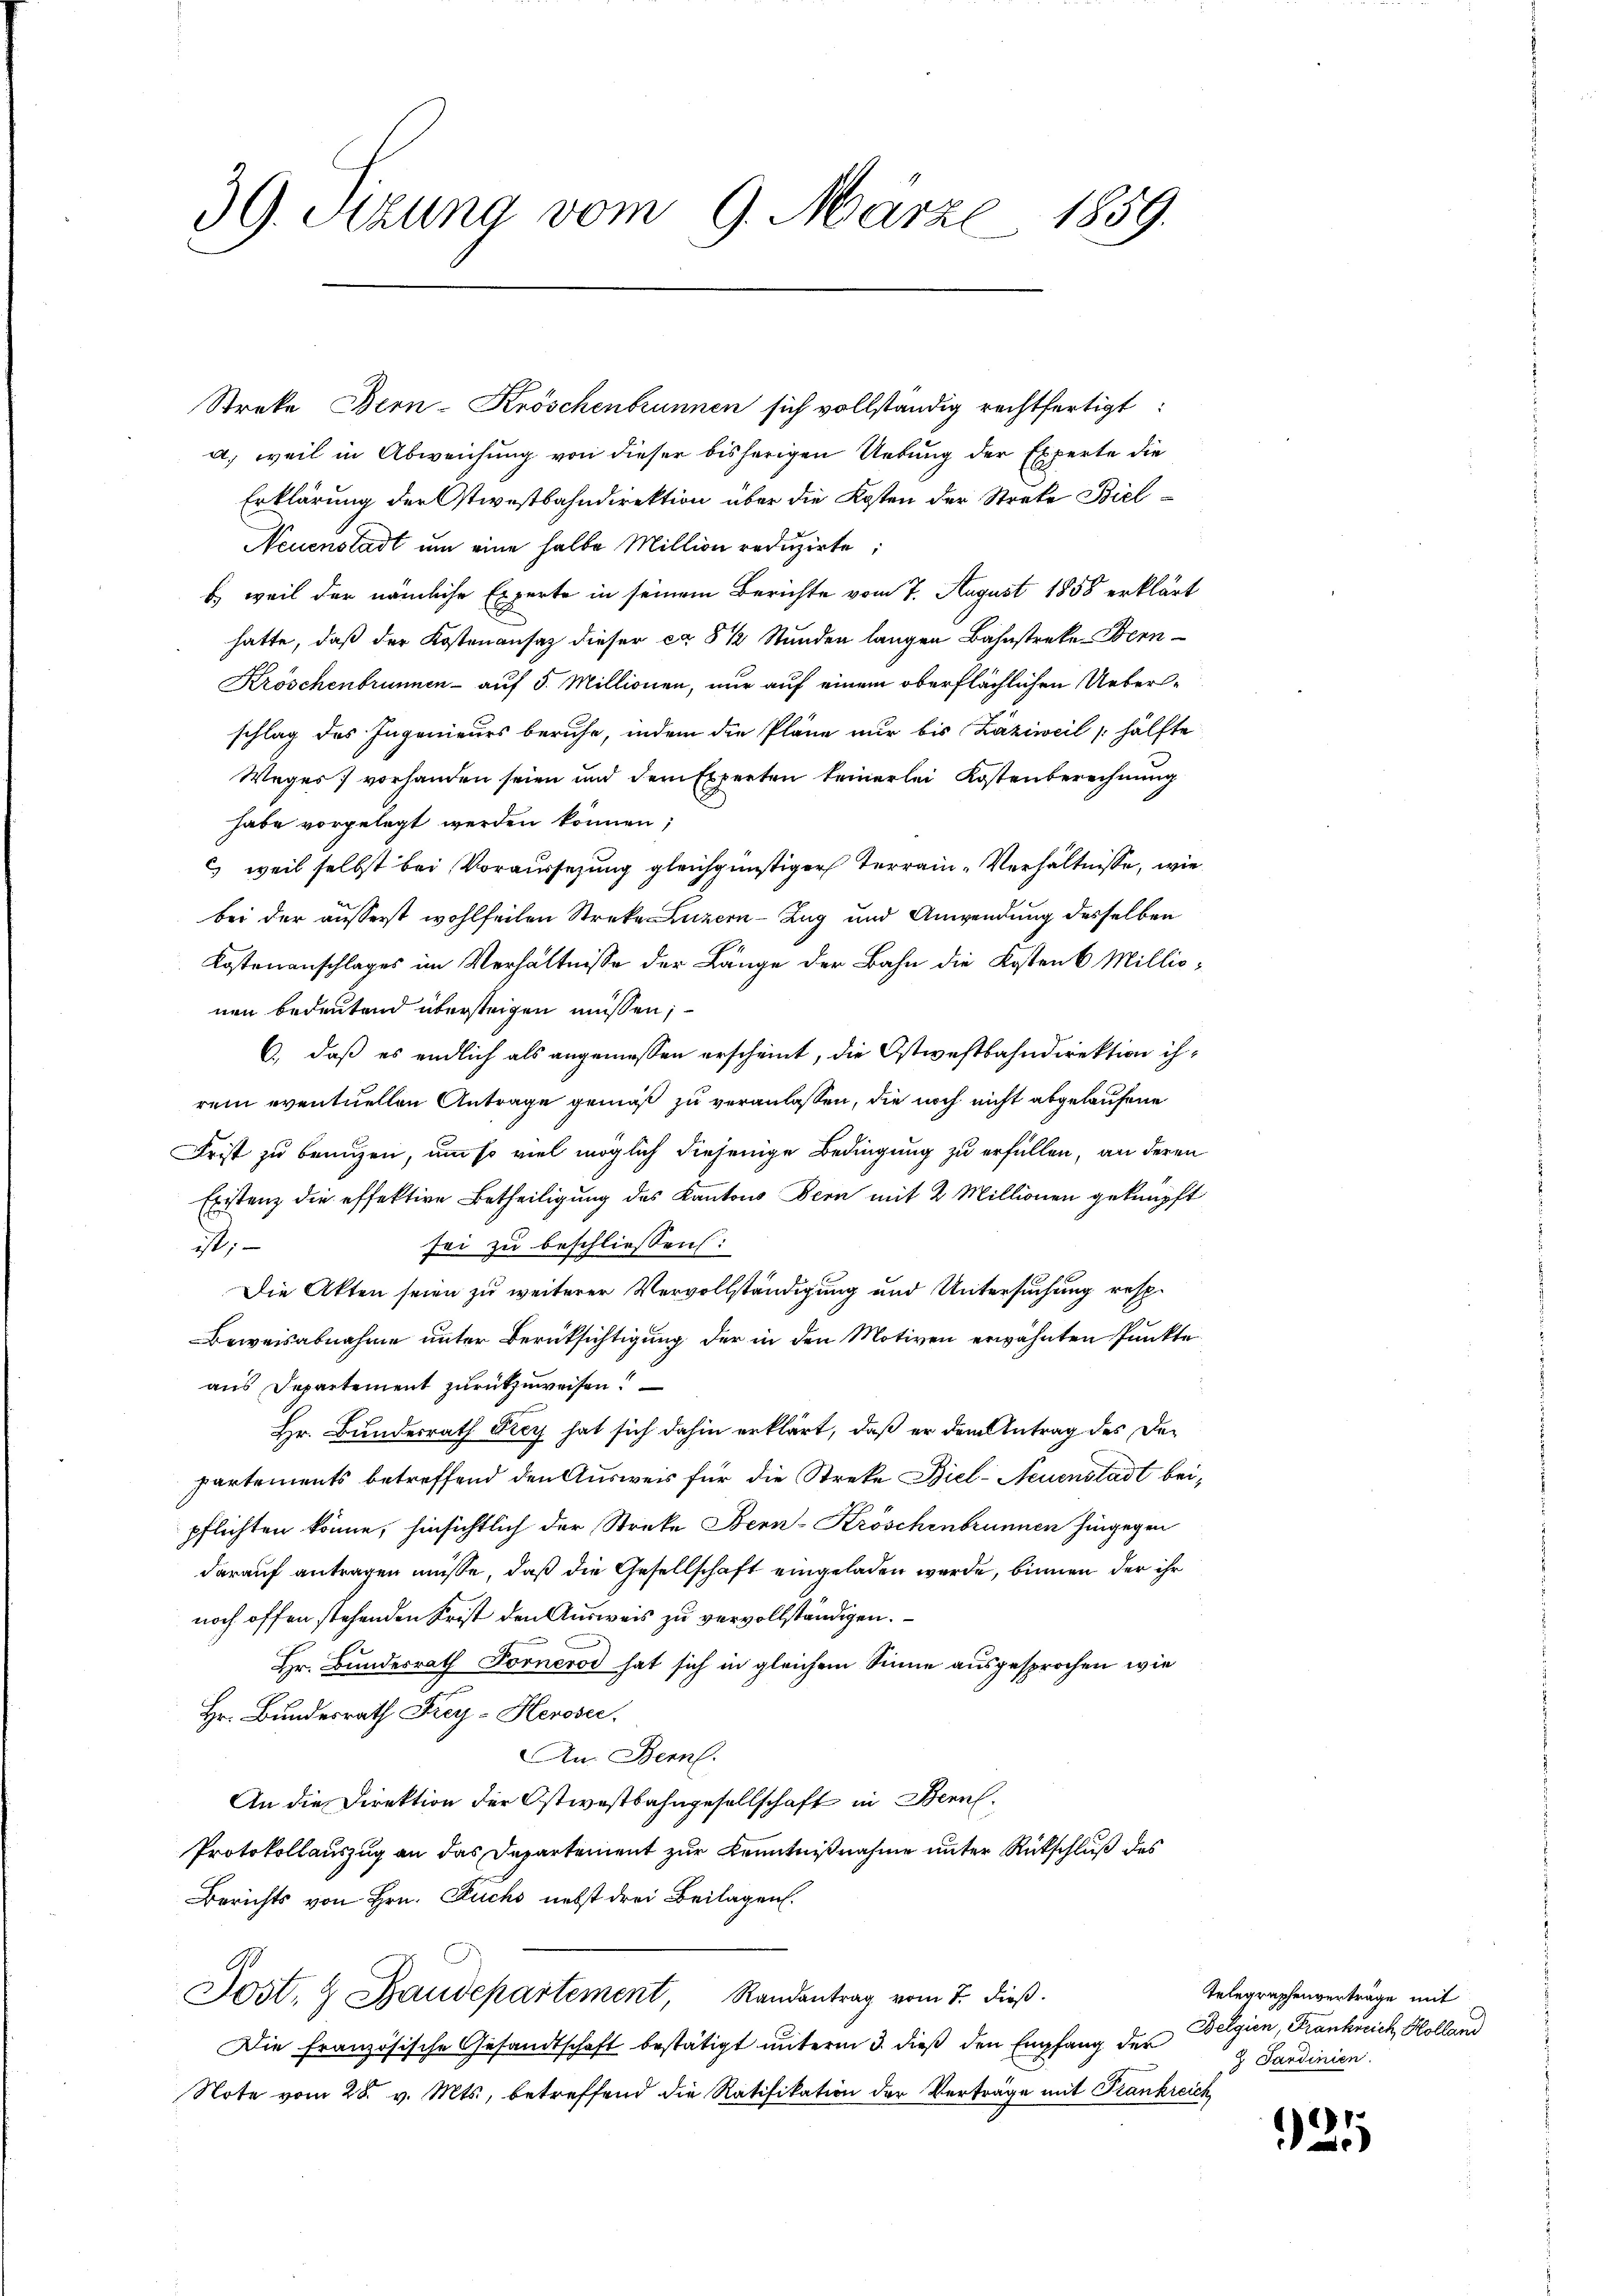
39. Sitzung vom 9. März 1859.

Streke Bern-Kröschenbrunnen sich vollständig rechtfertigt:
a) weil in Abweichung von dieser bisherigen Uebung der Experte die
Erklärung der Ostwestbahndirektion über die Kosten der Struke Biel¬
Neuenstadt um eine halbe Million reduzirte,
b) weil der nämliche Experte in seinem Berichte vom 7. August 1858 erklär
hatte, daß der Kostenansaz dieser ca 8 1/2 Stunden langen Bahnstreke-Bern
Kröschenbrunnen - auf 5. Millionen, nur auf einem oberflächlichen Ueberschlag des Ingenieurs beruhe, indem die Pläne nur bis Zäziweil hälft
Weges vorhanden seien und dem Experten keinerlei Kostenberechnung
habe vorgelegt werden können;
 weil selbst bei Voraussezung gleichgünstiger Terrain- Verhältnisse, w
bei der äusserst wohlfeilen Streke Luzern-Zug und Anwendung desselben
Kostenanschlages im Verhältnisse der Länge der Bahn die Kosten 6 Milli
nen bedeutend übersteigen müssen;
6., daß es endlich als angemessen erscheint, die Ostwestbahndirektion i
rem eventuellen Antrage gemäß zu veranlassen, die noch nicht abgelaufene
Frist zu bringen, um so viel möglich diejenige Bedingung zu erfüllen, an der
Existenz die effektive Betheiligung des Kantons Bern mit 2 Millionen geknüpf
sei zu beschliessen:
ist,
Die Akten seien zu weiterer Vervollständigung und Untersuchung resp.
Beweisabnahme unter Berücksichtigung der in den Motiven erwähnten Punkt
aus Departement zurückzuweisen?
Hr. Bundesrath Ficy hat sich dahin erklärt, daß er dem Antrag des Departements betreffend den Ausweis für die Streke Biel- Neuenstadt be
pflichten könne, hinsichtlich der Streke Benn-Kröschenbrunnen hingegen
darauf antragen müsse, daß die Gesellschaft eingeladen werde, binnen der ihr
noch offen stehenden Frist den Ausweis zu vervollständigen.
Hr. Bundesrath Forneros hat sich in gleichem Sinne ausgesprochen wie
Hr. Bundesrath Frey- Heroser,
An Bern.
An die Direktion der Ostwestbahngesellschaft in Bern.
Protokollauszug an das Departement zur Kenntnißnahme unter Rückschluß des
Berichts von Hrn. Fuchs nebst drei Beilagen.
Jost, & Baudepartement, Randantrag vom 7. dieβ.
Die französische Gesandtschaft bestätigt unterm 3. dieß den Empfang der
Note vom 28. v. Mts., betreffend die Ratifikation der Verträge mit Frankreich

Telegraphenvertrage mit
Belgien, Frankreich, Holland
 Sardinien.

125